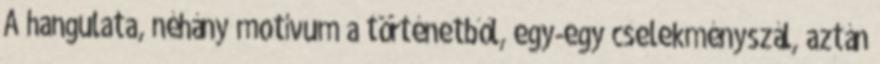
A hangulata, néhány motívum a történetből, egy-egy cselekményszál, aztán